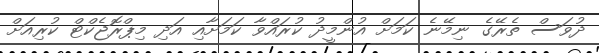
ދުވަސް ތެރޭގެ ނިމޭނެ ކަމަށް އުންމީދު ކުރައްވާ ކަމަށާއި އަދި މިޕްރޮޖެކްޓް ކުރިއަށް